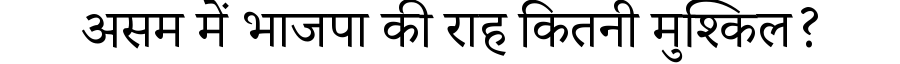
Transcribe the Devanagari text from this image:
असम में भाजपा की राह कितनी मुश्किल?